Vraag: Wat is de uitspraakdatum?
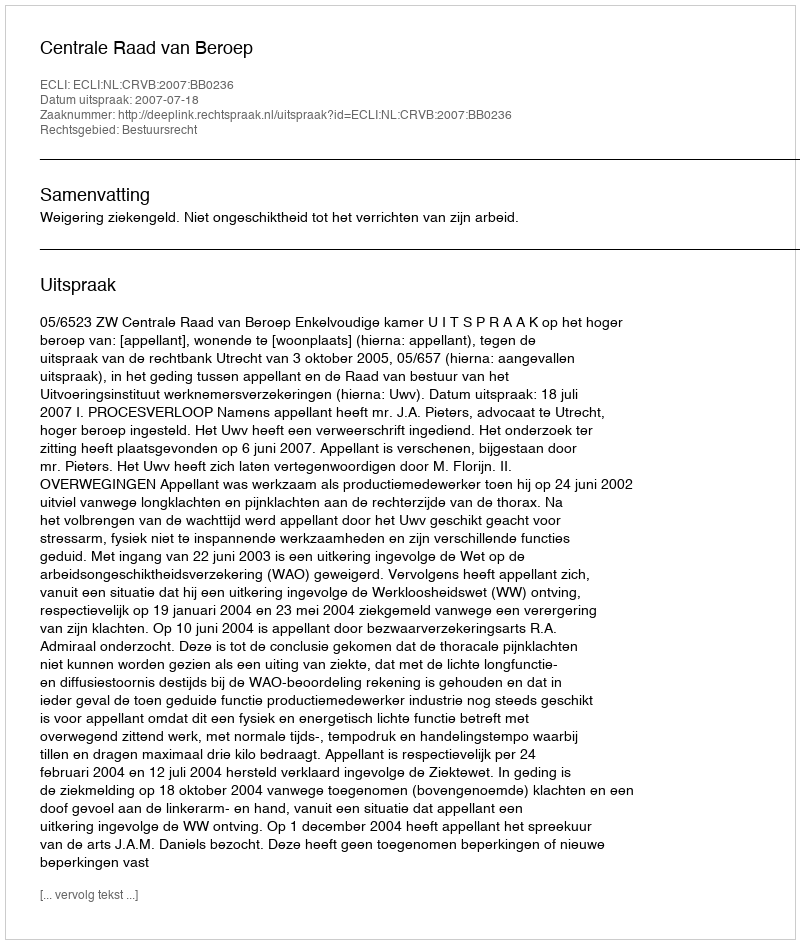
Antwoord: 2007-07-18